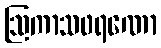
ဩကာသဖရဏော